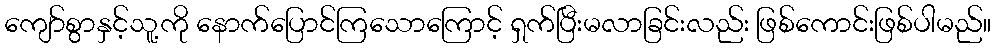
ကျော်စွာနှင့်သူ့ကို နောက်ပြောင်ကြသောကြောင့် ရှက်ပြီးမလာခြင်းလည်း ဖြစ်ကောင်းဖြစ်ပါမည်။